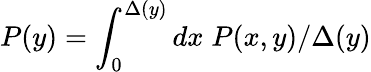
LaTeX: P(y)=\int_{0}^{\Delta(y)}dx\; P(x,y)/\Delta(y)